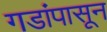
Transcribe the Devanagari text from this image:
गडांपासून